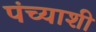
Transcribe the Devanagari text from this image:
पंच्याशी